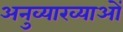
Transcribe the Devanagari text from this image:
अनुव्याख्याओं